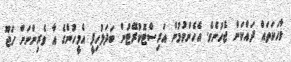
ވާހަކަތައް ދައްކަން ޖެހުނެވެ. އެހެންވުމުން އަރިސްޓޮކުރޭޓުން ބަދަލުހިފީ އެމީހުންގެ އާ ވެރިންނަށް ހަޖޫ